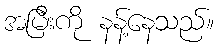
အမြီးကို နန့်နေသည်။